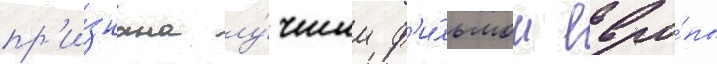
пр'и́знана лу́чшим ф'и́льмом евро́пы